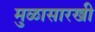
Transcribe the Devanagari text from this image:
मुळासारखी